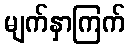
မျက်နှာကြက်